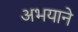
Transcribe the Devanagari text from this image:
अभयाने